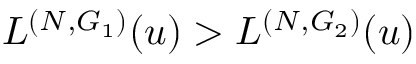
L ^ { ( N , G _ { 1 } ) } ( u ) > L ^ { ( N , G _ { 2 } ) } ( u )